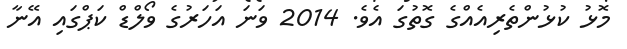
މޮޅު ކުޅުންތެރިއެއްގެ ގޮތުގަ އެވެ. 2014 ވަނަ އަހަރުގެ ވޯލްޑް ކަޕްގައި އޭނާ